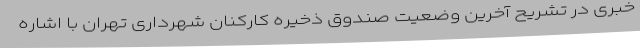
خبری در تشریح آخرین وضعیت صندوق ذخیره کارکنان شهرداری تهران با اشاره